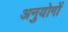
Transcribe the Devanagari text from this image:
अनुयोगों